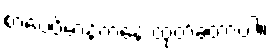
စာပေဗိမာန်ကနေ ထုတ်ခဲ့တာပါ။